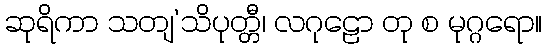
ဆုရိကာ သတျ’သိပုတ္တီ၊ လဂုဠော တု စ မုဂ္ဂရော။